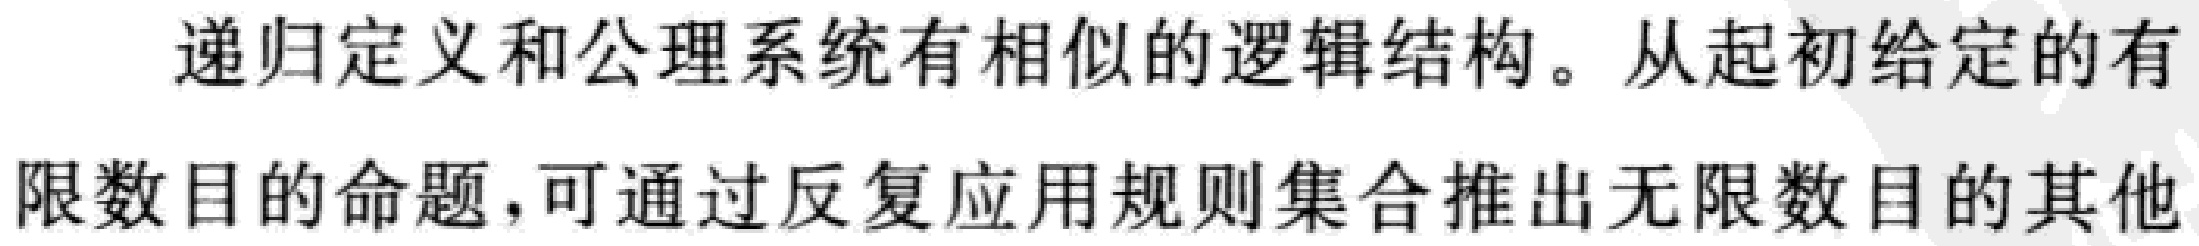
递归定义和公理系统有相似的逻辑结构。从起初给定的有限数目的命题，可通过反复应用规则集合推出无限数目的其他